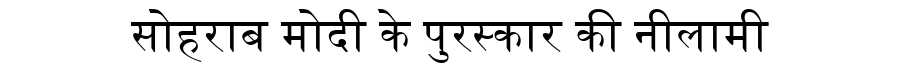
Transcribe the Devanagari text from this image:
सोहराब मोदी के पुरस्कार की नीलामी